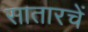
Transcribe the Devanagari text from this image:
सातारचें